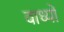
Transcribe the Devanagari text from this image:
वाध्यों